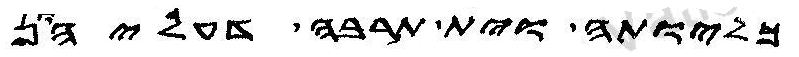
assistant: כליותה וית תרבה דעליהון